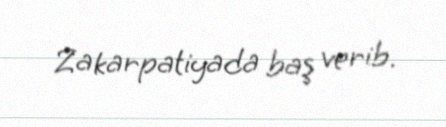
Zakarpatiyada baş verib.